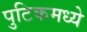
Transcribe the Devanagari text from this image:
पुटिकमध्ये